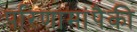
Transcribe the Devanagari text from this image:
परिणामांपैकी